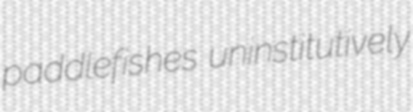
paddlefishes uninstitutively